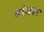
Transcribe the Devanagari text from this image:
श्रौयडर